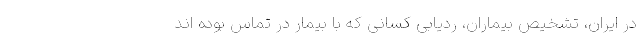
در ایران، تشخیص بیماران، ردیابی کسانی که با بیمار در تماس بوده اند